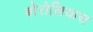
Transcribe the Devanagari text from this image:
बोरोलियास